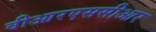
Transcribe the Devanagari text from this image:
वीआरएससीआर